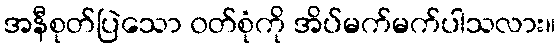
အနီစုတ်ပြဲသော ၀တ်စုံကို အိပ်မက်မက်ပါသလား။